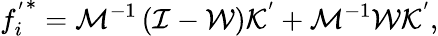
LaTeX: {f_{i}^{'}}^{*}=\mathcal{M}^{-1}\left(\mathcal{I}-\mathcal{W}\right)\mathcal{K}^{'}+\mathcal{M}^{-1}\mathcal{W}\mathcal{K}^{'},